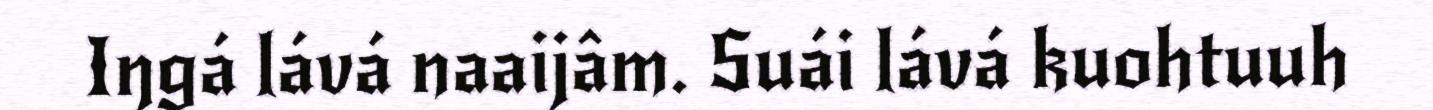
Iŋgá lává naaijâm. Suái lává kuohtuuh